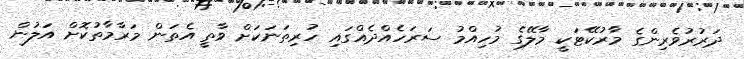
ދަރުރުވެރިންގެ މާރުކޭޓަކީ މާލޭގެ މުހިއްމު ސަރަހެއްދެއްގައި ހުރިތަނަކަށް ވާތީ އެތަން މަރާމާތުކޮށް އަލުން